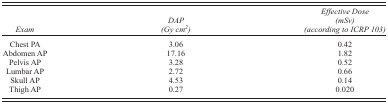
| Exam | DAP (Gy cm2) | Effective Dose (mSv) (according to ICRP 103) |
 | --- | --- | --- |
 | Chest PA | 3.06 | 0.42 |
 | Abdomen AP | 17.16 | 1.82 |
 | Pelvis AP | 3.28 | 0.52 |
 | Lumbar AP | 2.72 | 0.66 |
 | Skull AP | 4.53 | 0.14 |
 | Thigh AP | 0.27 | 0.020 |